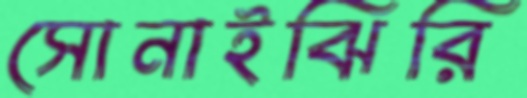
সোনাইঝিরি